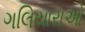
ગલિયારાઓ